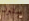
ستون